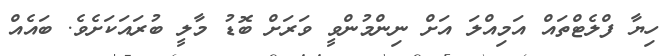
ހިޔާ ފްލެޓްތައް އަމިއްލަ އަށް ނިންމުންވީ ވަރަށް ބޮޑު މާލީ ބުރައަކަށެވެ. ބައެއް